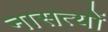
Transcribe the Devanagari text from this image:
नासत्यों